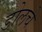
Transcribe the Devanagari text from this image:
डोलचे